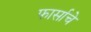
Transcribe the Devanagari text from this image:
फार्साचे